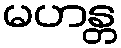
မဟန္တ